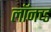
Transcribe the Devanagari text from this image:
लॉनच्ड